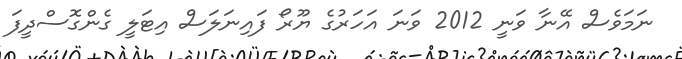
ނަމަވެސް އޭނާ ވަނީ 2012 ވަނަ އަހަރުގެ ޔޫރޯ ފައިނަލަސް އިޓަލީ ގެންގޮސްދީފަ